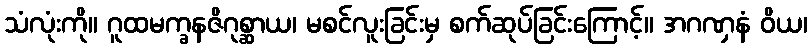
သံလုံးကို။ ဂူထမက္ခနဇိဂုစ္ဆာယ၊ မစင်လူးခြင်းမှ စက်ဆုပ်ခြင်းကြောင့်။ အဂဏှနံ ဝိယ၊